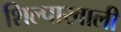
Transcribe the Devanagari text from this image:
शिल्पाखाली